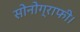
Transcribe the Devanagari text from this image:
सोनोग्राफी।